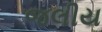
જલીય